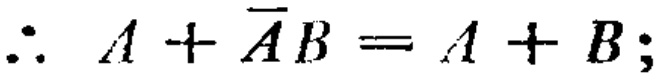
\(\therefore A + \overline{A}B = A + B;\)